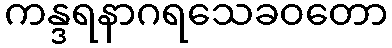
ကန္ဒရနာဂရသေခဝတော